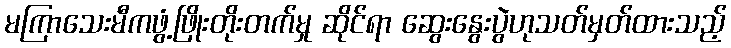
မကြာသေးမီကဖွံ့ဖြိုးတိုးတက်မှု ဆိုင်ရာ ဆွေးနွေးပွဲဟုသတ်မှတ်ထားသည့်